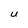
Character: U